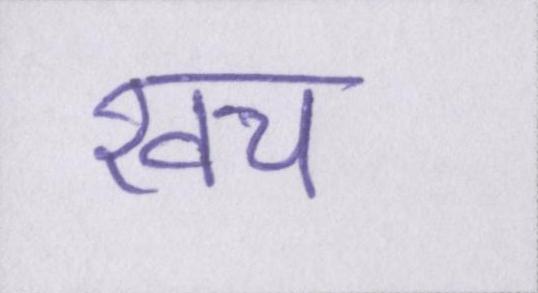
खच॔